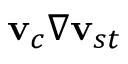
\mathbf { v } _ { c } \nabla \mathbf { v } _ { s t }